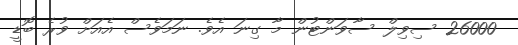
26000 ސިވިލް ސާވަންޓުން މާ ގިނަ އެވެ. ނަމަވެސް އެއަށް ވުރެ ބޮޑީ